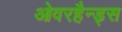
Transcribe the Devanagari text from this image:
ओवरहैन्ड्स